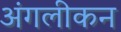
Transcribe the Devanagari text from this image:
अंगलीकन